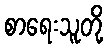
စာရေးသူတို့